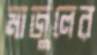
মাজুলের